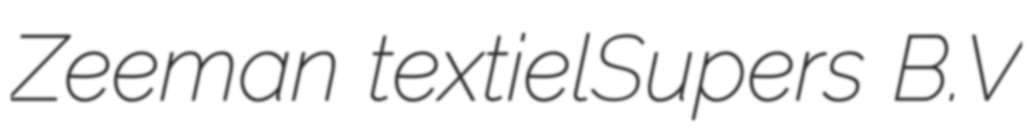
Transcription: Zeeman textielSupers B.V